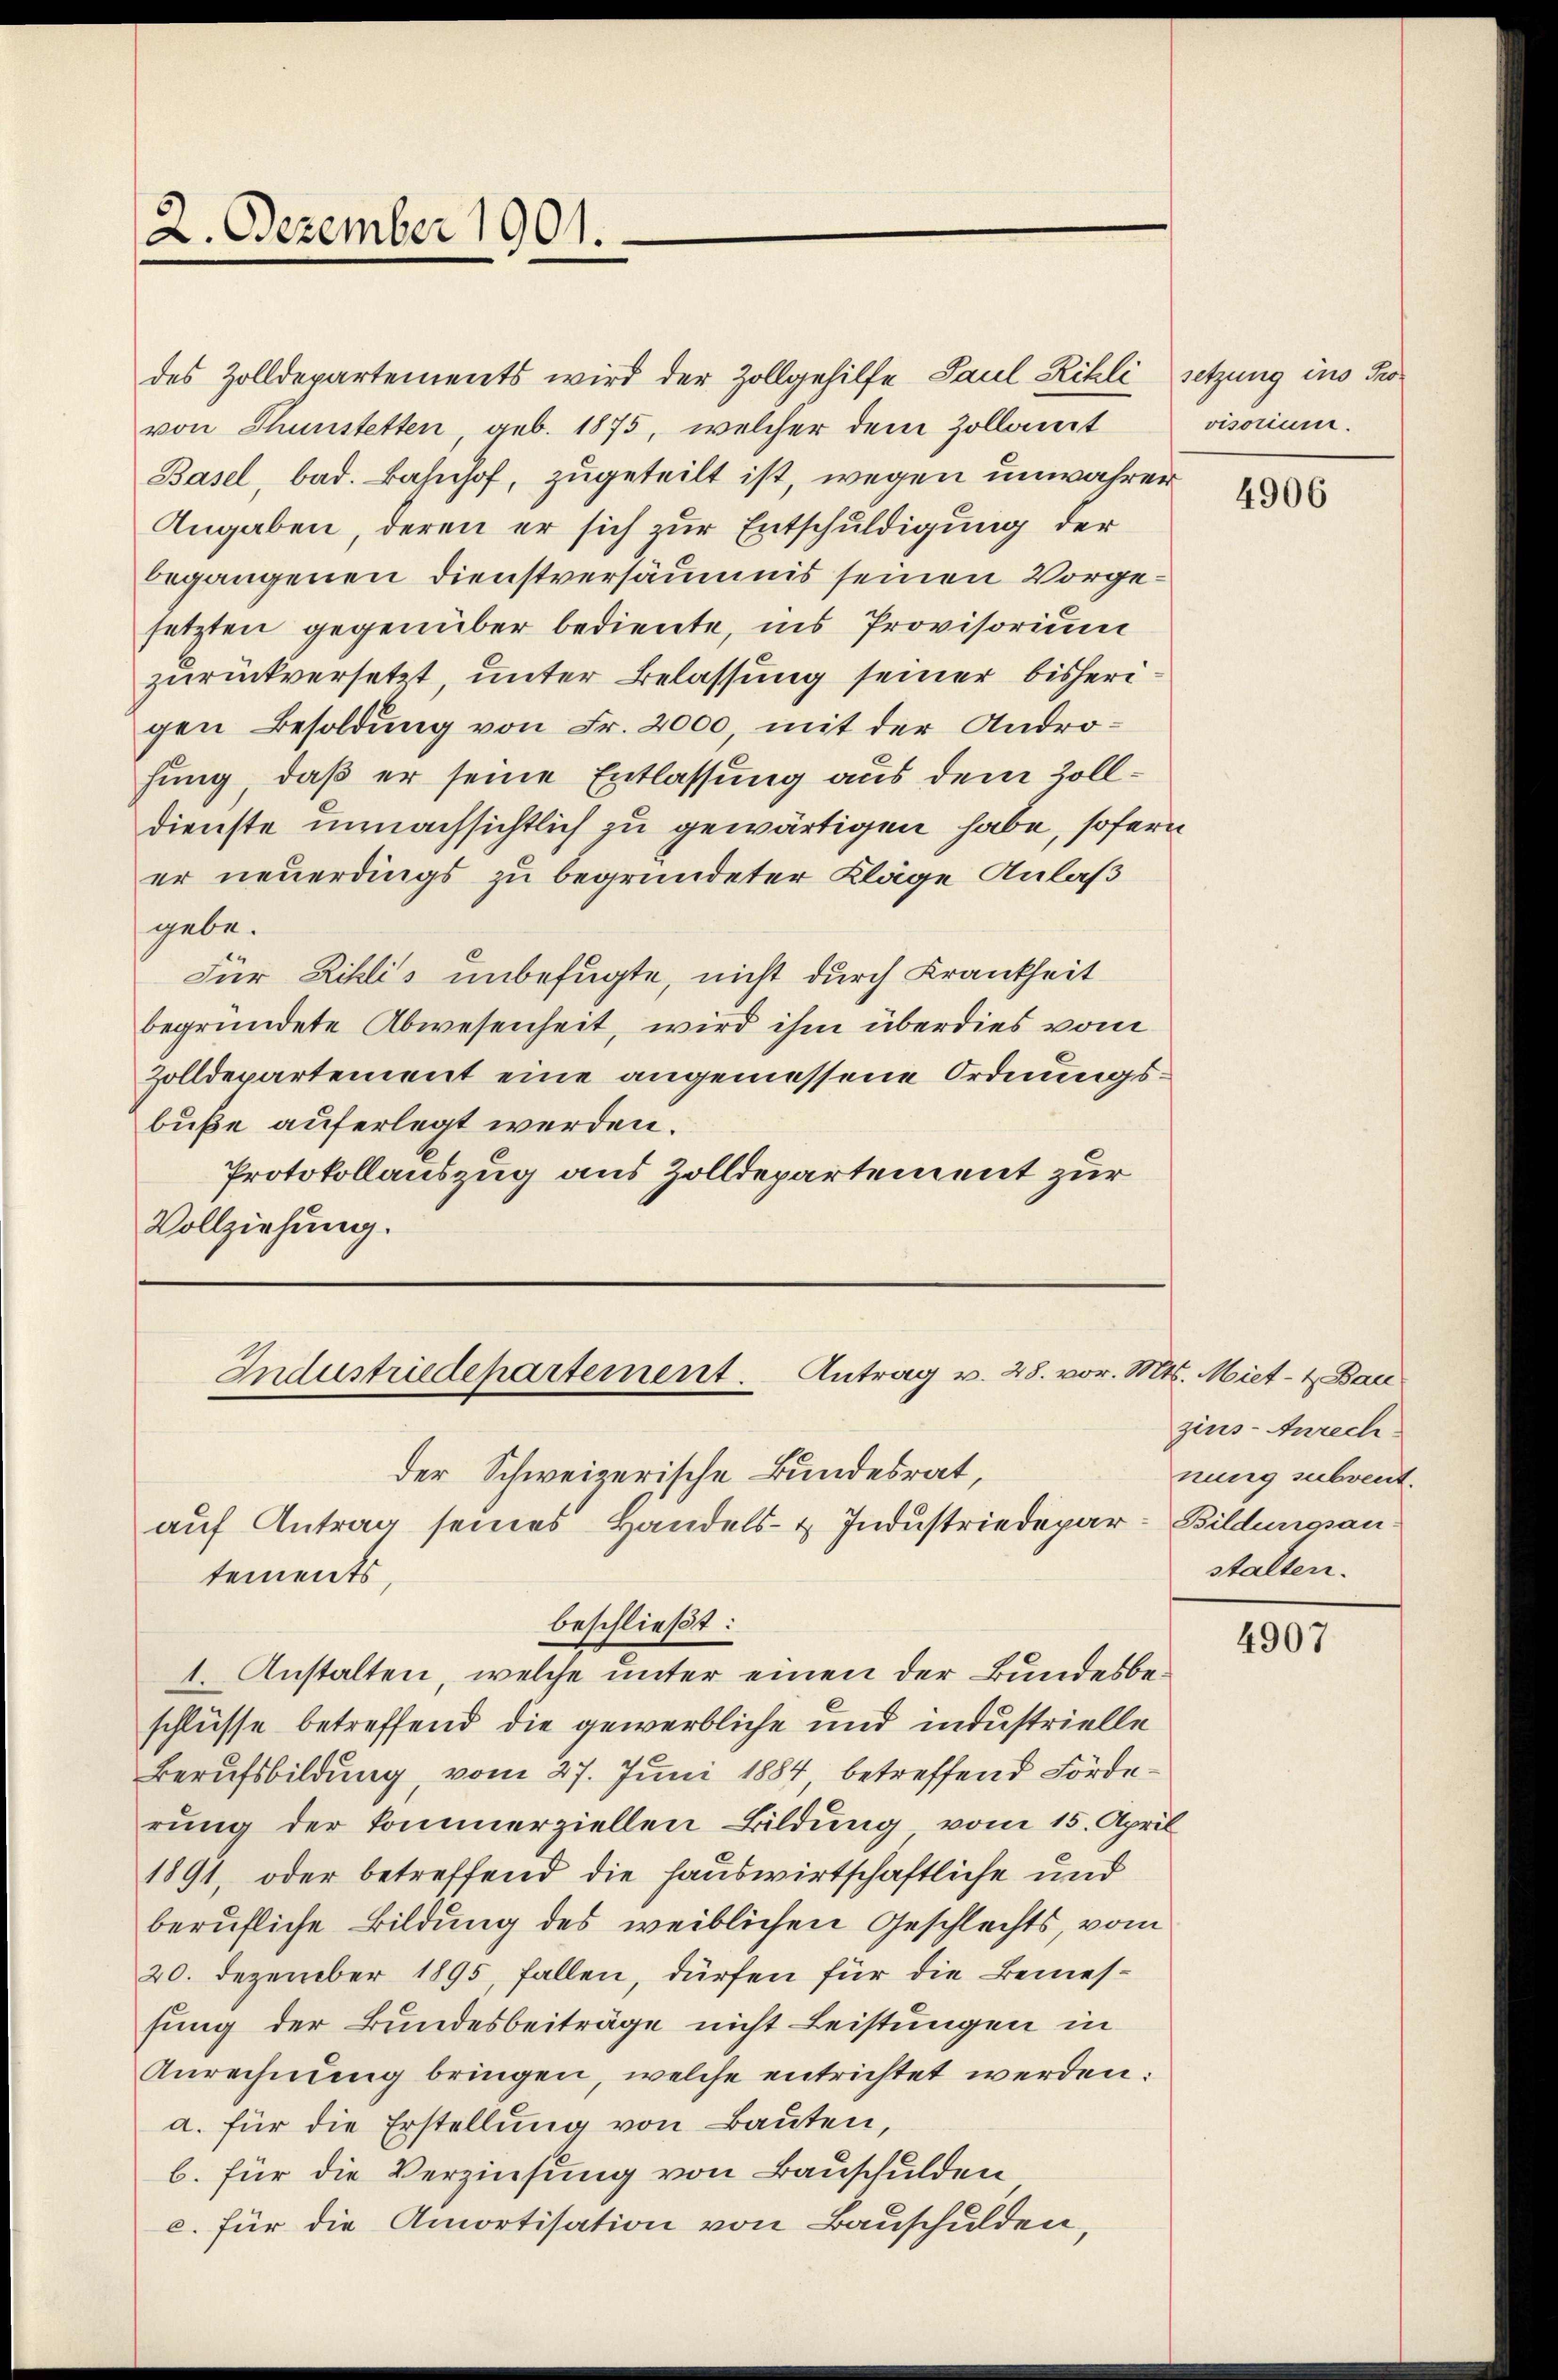
2. Dezember 1901.

er neuerdings zu begründeter Kläge Anlaß
gebe.
Für Zihlis unbefugte, nicht durch Krankheit
begründete Abwesenheit, wird ihm überdies vom
Zolldepartement eine angemessene Ordnungsbuße auferlegt werden.
Protokollauszug aus Zolldepartement zur
Vollziehung.

des Zolldepartements wird der Zollgehilfe Paul Rikli setzung ins Provon Thunstetten, geb. 1875, welcher dem Zollamt
Basel, bad. Bahnhof, zugeteilt ist, wegen unwahrer
Angaben, deren er sich zur Entschuldigung der
begangenen Dienstversäumis seinen Vorgesetzten gegenüber bediente, ins Provisorium
zurückversetzt, unter Belassung seiner bisherigen Besoldung von Fr. 2000, mit der Androhung, daß er seine Entlassung aus dem Zolldienste unnachsichtlich zu gewärtigen habe, sofern

1. Anstalten, welche unter einen der Bundesbeschlüsse betreffend die gewerbliche und industrielle
Berufsbildung, vom 27. Juni 1884, betreffend Förderung der kommerziellen Bildung vom 15. April
1891, oder betreffend die Hauswirtschaftliche und
berufliche Bildung des weiblichen Geschlechts, vom
20. Dezember 1895, fallen, dürfen für die Bemesfung der Bundesbeiträge nicht Leistungen in
Anrechnung bringen, welche entrichtet werden:
a. für die Erstellŭng von Baŭten,
b. für die Verzinsung von Bauschulden
c. für die Amortisation von Bauschulden,

Industriedepartement. Antrag v. 28. vor. Mts. Miet- & Bau
der Schweizerische Bundesrat,
auf Antrag seines Handels- & Industriedepar- Bildungsantements,

beschließt:

visorium.

4906

zins- Anrechnung subvent.
stalten.

4907